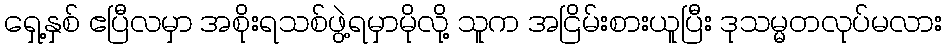
ရှေ့နှစ် ဧပြီလမှာ အစိုးရသစ်ဖွဲ့ရမှာမိုလို့ သူက အငြိမ်းစားယူပြီး ဒုသမ္မတလုပ်မလား